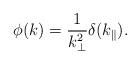
LaTeX: \begin{align*}\phi (k) = \frac{1}{k_\bot^2} \delta (k_\parallel).\end{align*}